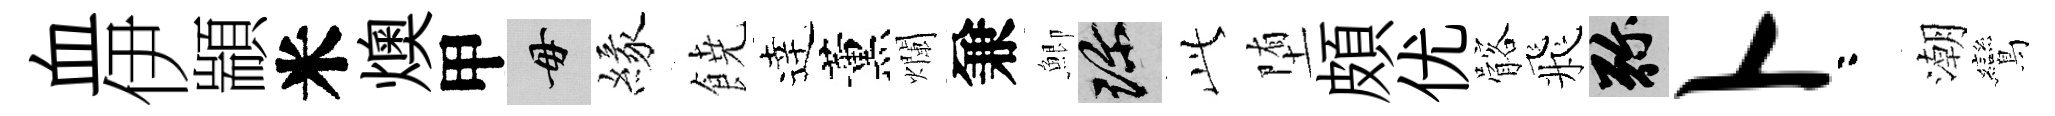
血伊顓米燠甲毋緣𩜙逹薰爛兼鯽珍𬼘堕頗优髂飛弥卜咯潮鸞